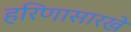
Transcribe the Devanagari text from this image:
हरिणासारखे